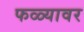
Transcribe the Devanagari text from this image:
फळ्यावर